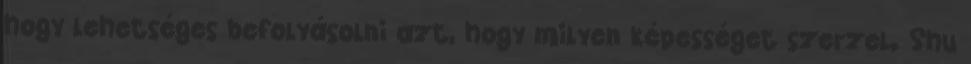
hogy lehetséges befolyásolni azt, hogy milyen képességet szerzel. Shu